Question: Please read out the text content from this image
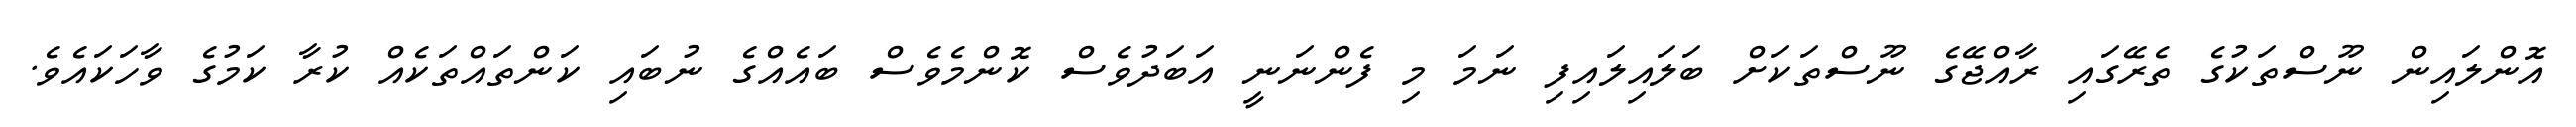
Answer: އޮންލައިން ނޫސްތަކުގެ ތެރޭގައި ރާއްޖޭގެ ނޫސްތަކަށް ބަލައިލައިފި ނަމަ މި ފެންނަނީ އަބަދުވެސް ކޮންމެވެސް ބައެއްގެ ނުބައި ކަންތައްތަކެއް ކުރާ ކަމުގެ ވާހަކައެވެ.